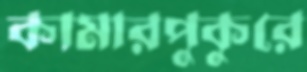
কামারপুকুরে